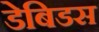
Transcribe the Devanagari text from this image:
डेबिडस